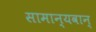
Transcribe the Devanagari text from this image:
सामान्यवान्